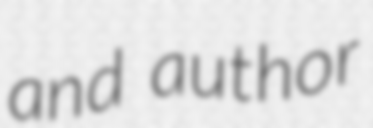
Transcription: and author